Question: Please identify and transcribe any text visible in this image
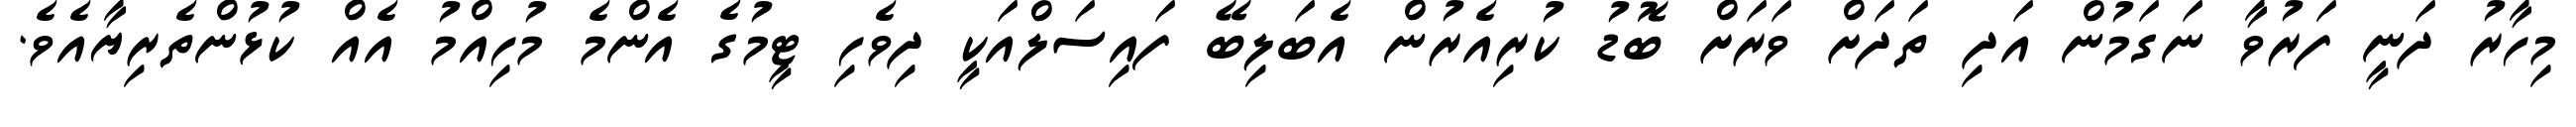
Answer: މިހާރު ދަނީ ފަރުވާ ނަގަމުން އަދި ތަދަށް ވަރަށް ބޮޑު ކުރިއެރުން އެބަލިބޭ ފައިސަލްއަކީ ދިވެހި ޓީމުގެ އެންމެ މުހިއްމު އެއް ކުޅުންތެރިޔާއެވެ.